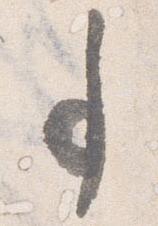
事